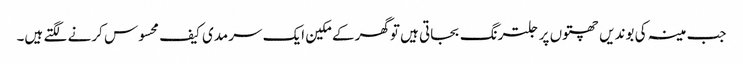
جب مینہ کی بوندیں چھتوں پر جلترنگ بجاتی ہیں توگھر کے مکین ایک سرمدی کیف محسوس کرنے لگتے ہیں۔